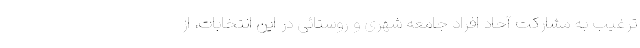
ترغیب به مشارکت آحاد افراد جامعه شهری و روستائی در این انتخابات، از